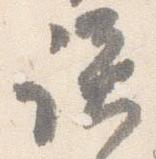
談